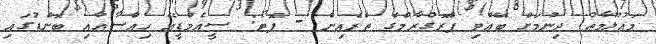
މައުލޫމާތު ދިނުމަށް ބޭއްވި ޕްރޮގްރާމްގެ ތެރެއިން - ފޮޓޯ: ސީއެމްޑީއޭ ހިއްސާއާއި ބޮންޑުގައި